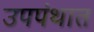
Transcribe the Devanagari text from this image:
उपपंथात